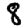
Digit: 8